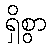
ရှိစွာ